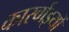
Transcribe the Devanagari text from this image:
कारर्वाइयों